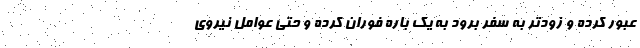
عبور کرده و زودتر به سفر برود به یک باره فوران کرده و حتی عوامل نیروی